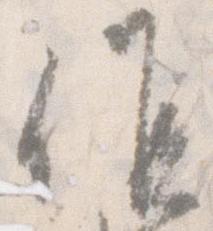
候